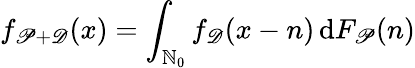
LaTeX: f_{\mathscr P+\mathscr D}(x)=\int_{\mathbb N_{0}}f_{\mathscr D}(x-n)\, \mathrm dF_{\mathscr P}(n)